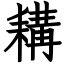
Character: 耩